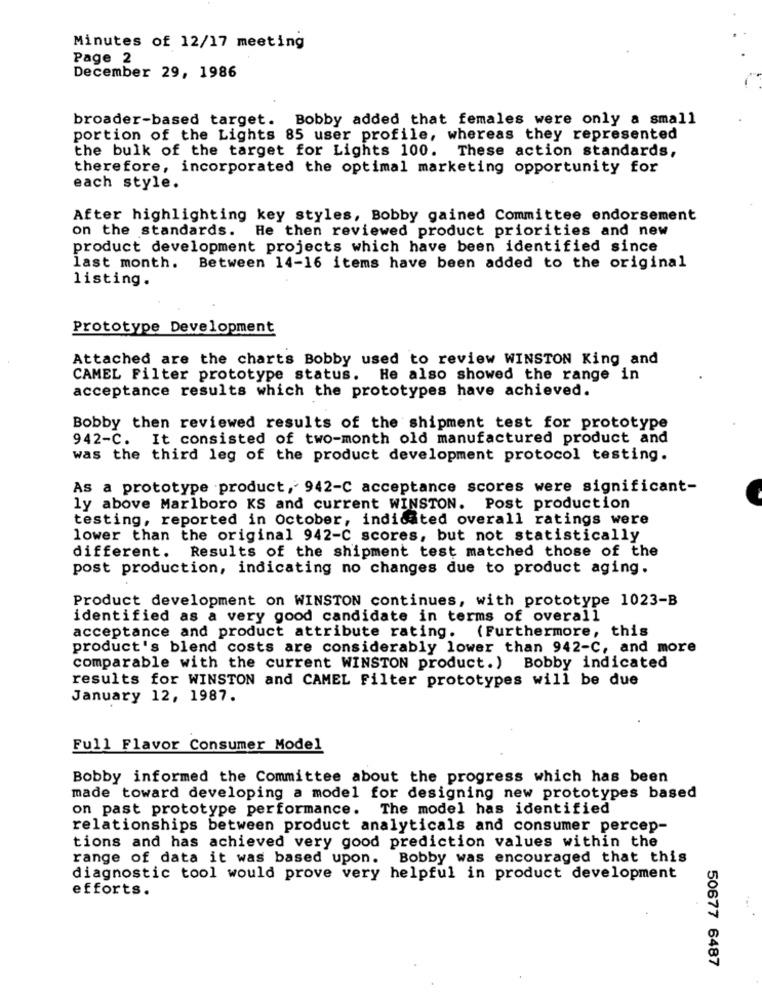
Minutes of 12/17 meeting
Page 2
December 29, 1986
broader-based target. Bobby added that females were only a small
portion of the Lights 85 user profile, whereas they represented
the bulk of the target for Lights 100. These action standards,
therefore, incorporated the optimal marketing opportunity for
each style.
After highlighting key styles, Bobby gained Committee endorsement
on the standards. He then reviewed product priorities and new
product development projects which have been identified since
last month. Between 14-16 items have been added to the original
listing.
Prototype Development
Attached are the charts Bobby used to review WINSTON King and
CAMEL Filter prototype status. He also showed the range in
acceptance results which the prototypes have achieved.
Bobby then reviewed results of the shipment test for prototype
942-C. It consisted of two-month old manufactured product and
was the third leg of the product development protocol testing.
As a prototype product, 942-C acceptance scores were significant-
ly above Marlboro KS and current WINSTON. Post production
testing, reported in October, indicated overall ratings were
lower than the original 942-C scores, but not statistically
different. Results of the shipment test matched those of the
post production, indicating no changes due to product aging.
Product development on WINSTON continues, with prototype 1023-B
identified as a very good candidate in terms of overall
acceptance and product attribute rating. (Furthermore, this
product's blend costs are considerably lower than 942-C, and more
comparable with the current WINSTON product.) Bobby indicated
results for WINSTON and CAMEL Filter prototypes will be due
January 12, 1987.
Full Flavor Consumer Model
Bobby informed the Committee about the progress which has been
made toward developing a model for designing new prototypes based
on past prototype performance. The model has identified
relationships between product analyticals and consumer percep-
tions and has achieved very good prediction values within the
range of data it was based upon. Bobby was encouraged that this
diagnostic tool would prove very helpful in product development
efforts.
50677 6487